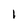
Character: l